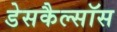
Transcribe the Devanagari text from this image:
डेसकैल्सॉस